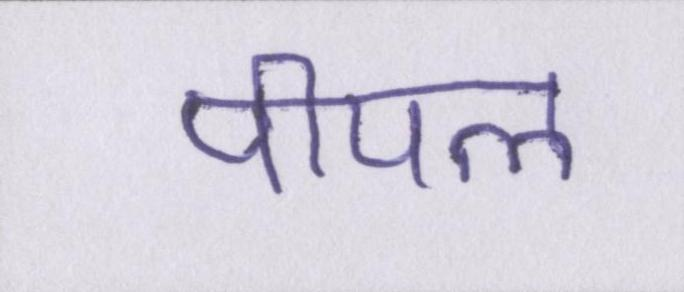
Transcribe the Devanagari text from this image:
पीपल